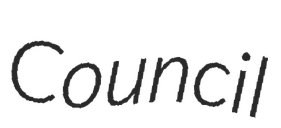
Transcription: Council